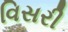
વિસરી